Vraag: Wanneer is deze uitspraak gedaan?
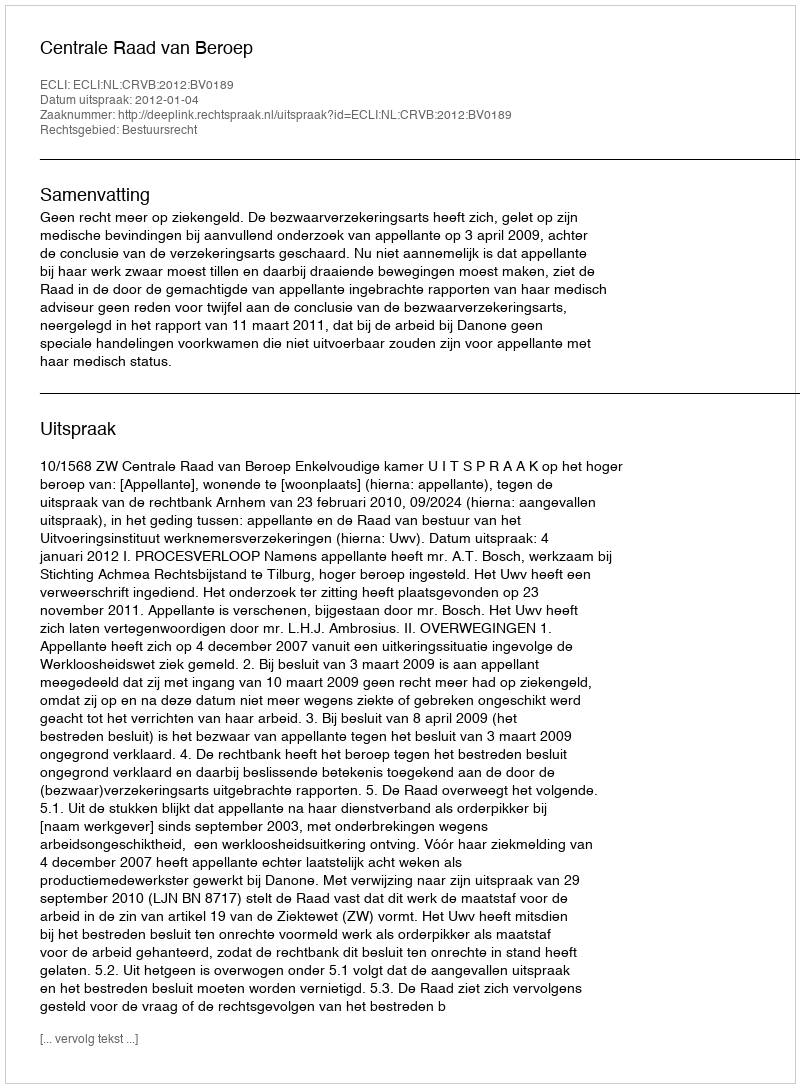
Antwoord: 2012-01-04